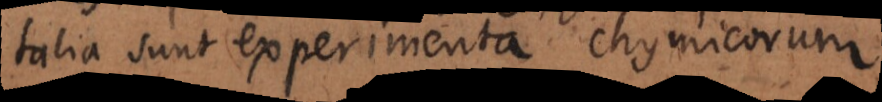
talia sunt experimenta chymicorum